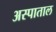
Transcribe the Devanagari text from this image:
अस्पाताल